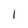
Character: 1